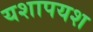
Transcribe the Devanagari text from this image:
यशापयश